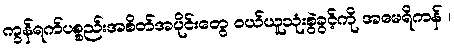
ကွန်ရက်ပစ္စည်းအစိတ်အပိုင်းတွေ ဝယ်ယူသုံးစွဲခွင့်ကို အမေရိကန် ၊